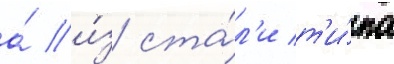
а́ и́з ста́л'и т'и́па